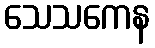
သေသကေန